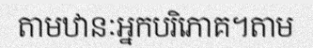
តាមឋានៈអ្នកបរិភោគ។តាម